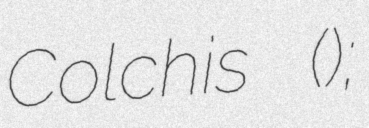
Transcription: Colchis ();